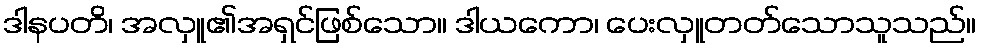
ဒါနပတိ၊ အလှူ၏အရှင်ဖြစ်သော။ ဒါယကော၊ ပေးလှူတတ်သောသူသည်။